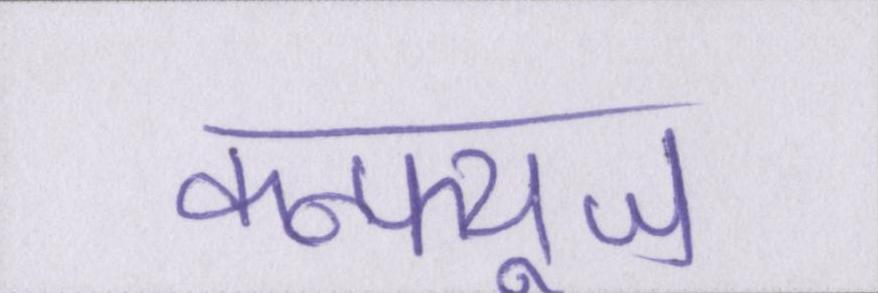
कन्फ्यूज